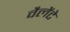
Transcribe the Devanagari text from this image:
वैलेंटे